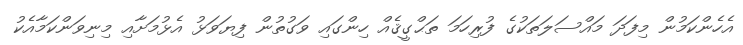
އެހެންކަމުން މިފަދަ މައްސަލަތަކުގެ ފުރިހަމަ ތަޙްގީޤެއް ހިންގައި ވަގުތުން ފިޔަވަޅު އެޅުމަށާއި މިނިވަންކަމާއެކު